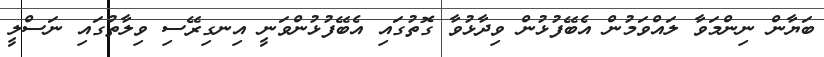
ބަޔާން ނިންމަވާ ލައްވަމުން އެބޭފުޅުން ވިދާޅުވާ ގޮތުގައި އެބޭފުޅުންވަނީ އިނގިރޭސި ވިލާތުގައި ނަސްލީ